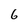
Character: 6